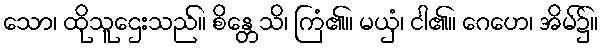
သော၊ ထိုသူဌေးသည်။ စိန္တေသိ၊ ကြံ၏။ မယှံ၊ ငါ၏။ ဂေဟေ၊ အိမ်၌။